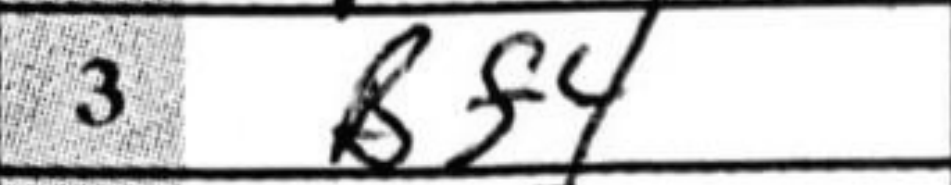
Transcription: Bf4